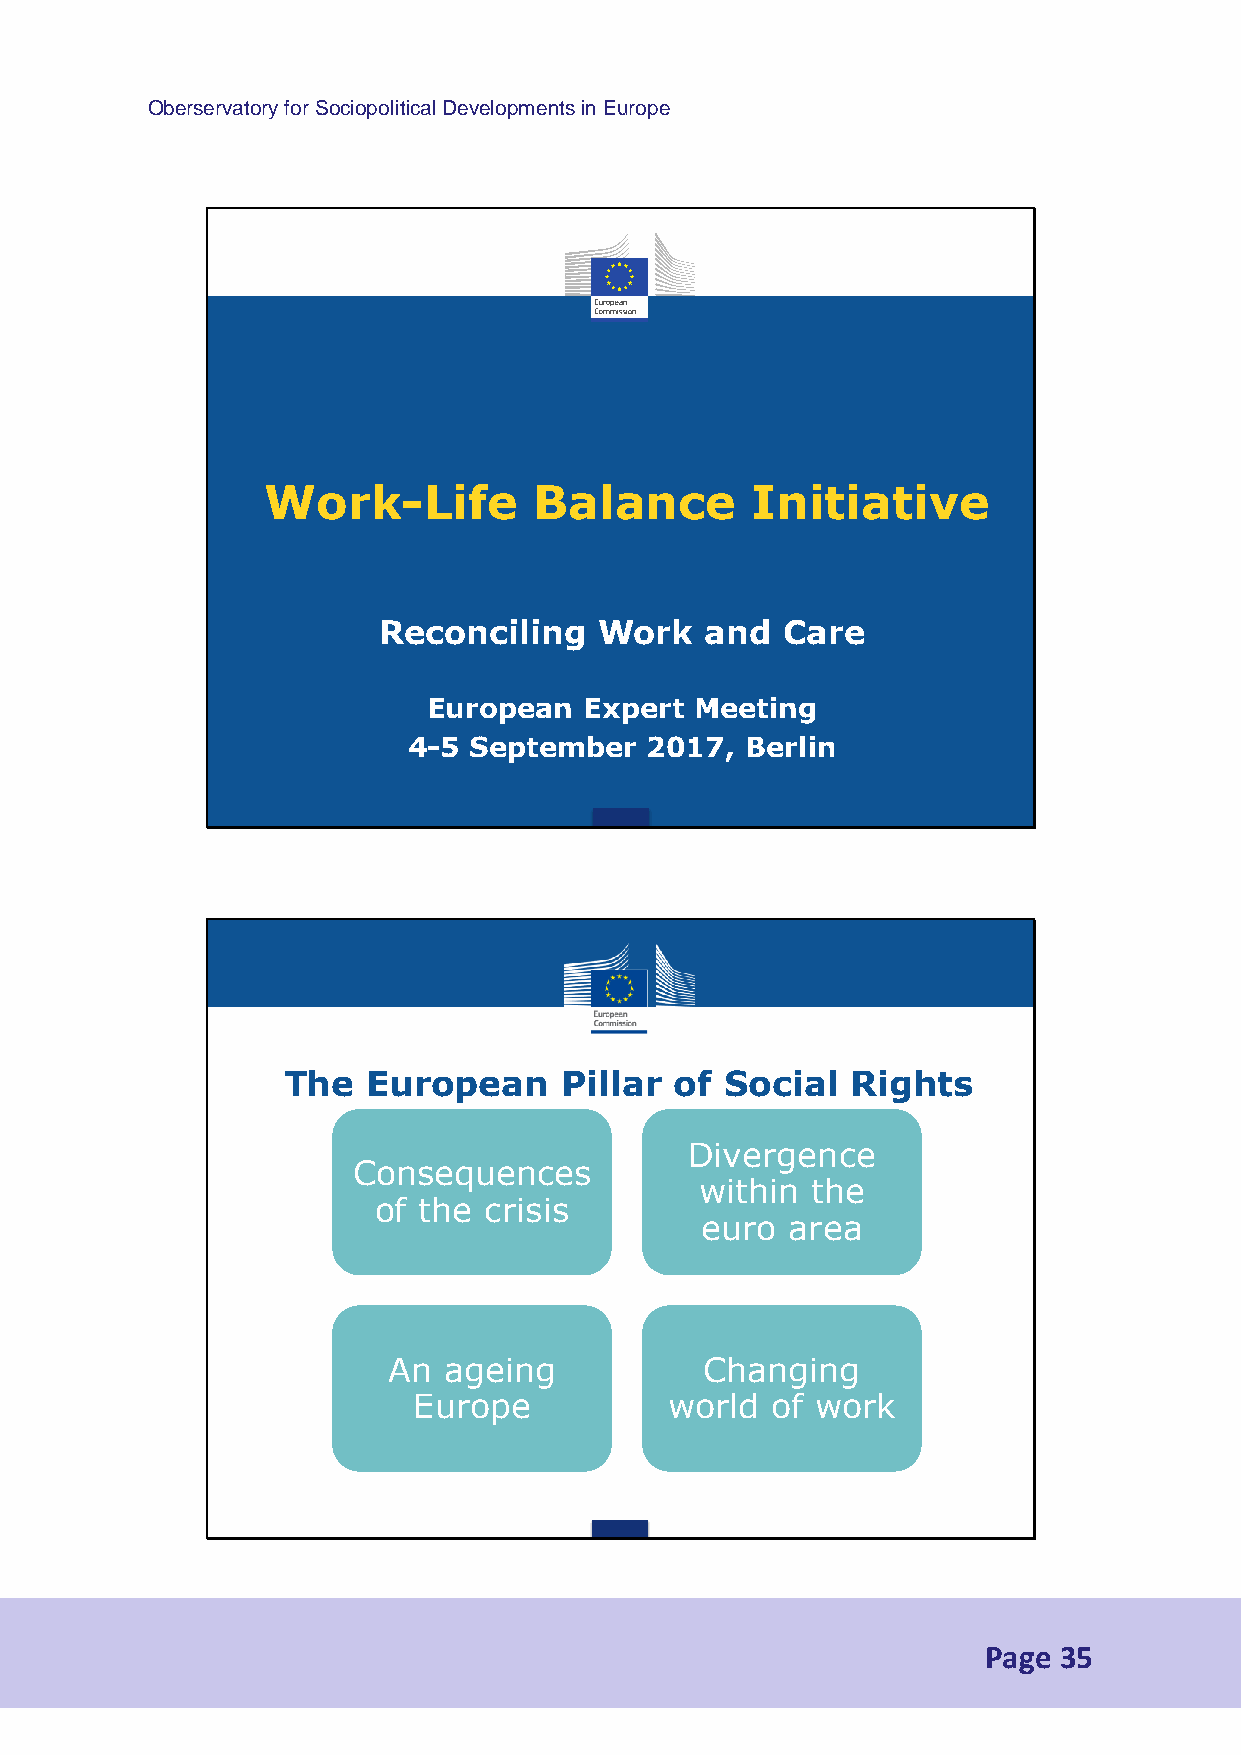
Oberservatory for Sociopolitical Developments in Europe
 Work-Life         Balance        Initiative
 Reconciling    Work   and  Care
 European   Expert Meeting
 4-5 September   2017, Berlin
 The  European     Pillar  of Social  Rights
 Divergence
 Consequences
 within  the
 of the crisis
 euro  area
 An ageing            Changing
 Europe           world  of work
 Page 35